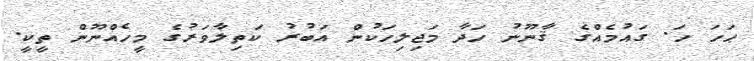
ޙަހަ ހަ. ގައުމެއްގެ ޤާނޫނު ހަދާ މަޖިލިހަކުން އަބުރު ކަތިލާވަރުގެ މީހެއްނޫން ތީކީ.